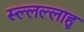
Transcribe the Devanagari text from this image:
स्ल्लल्लाहु